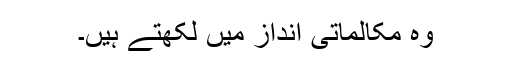
وہ مکالماتی انداز میں لکھتے ہیں۔